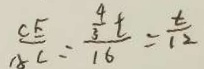
\frac { C E } { A C } = \frac { \frac { 4 } { 3 } t } { 1 6 } = \frac { t } { 1 2 }